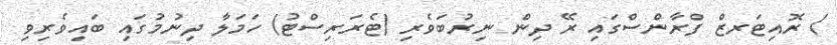
/ ރޮއިޓަރޒް ފްރާންސްގައި ރޭ ދިން ނިރުބަވެރި (ޓެރަރިސްޓު) ހަމަލާ ދިނުމުގައި ބައިވެރިވި